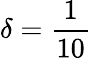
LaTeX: \delta=\frac{1}{10}